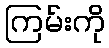
ကြမ်းကို